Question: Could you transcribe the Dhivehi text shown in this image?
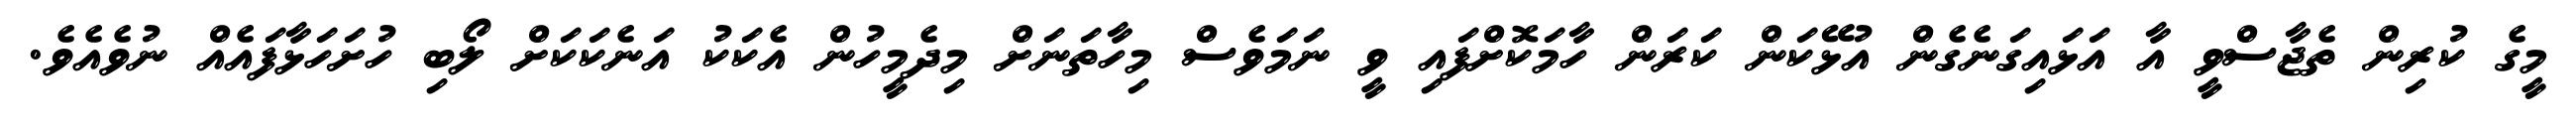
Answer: މީގެ ކުރިން ތެޖާސްވީ އާ އަޅައިގަނެގެން އުޅޭކަން ކަރަން ހާމަކޮށްފައި ވީ ނަމަވެސް މިހާތަނަށް މިދެމީހުން އެކަކު އަނެކަކަށް ލޯބި ހުށަހަޅާފައެއް ނުވެއެވެ.